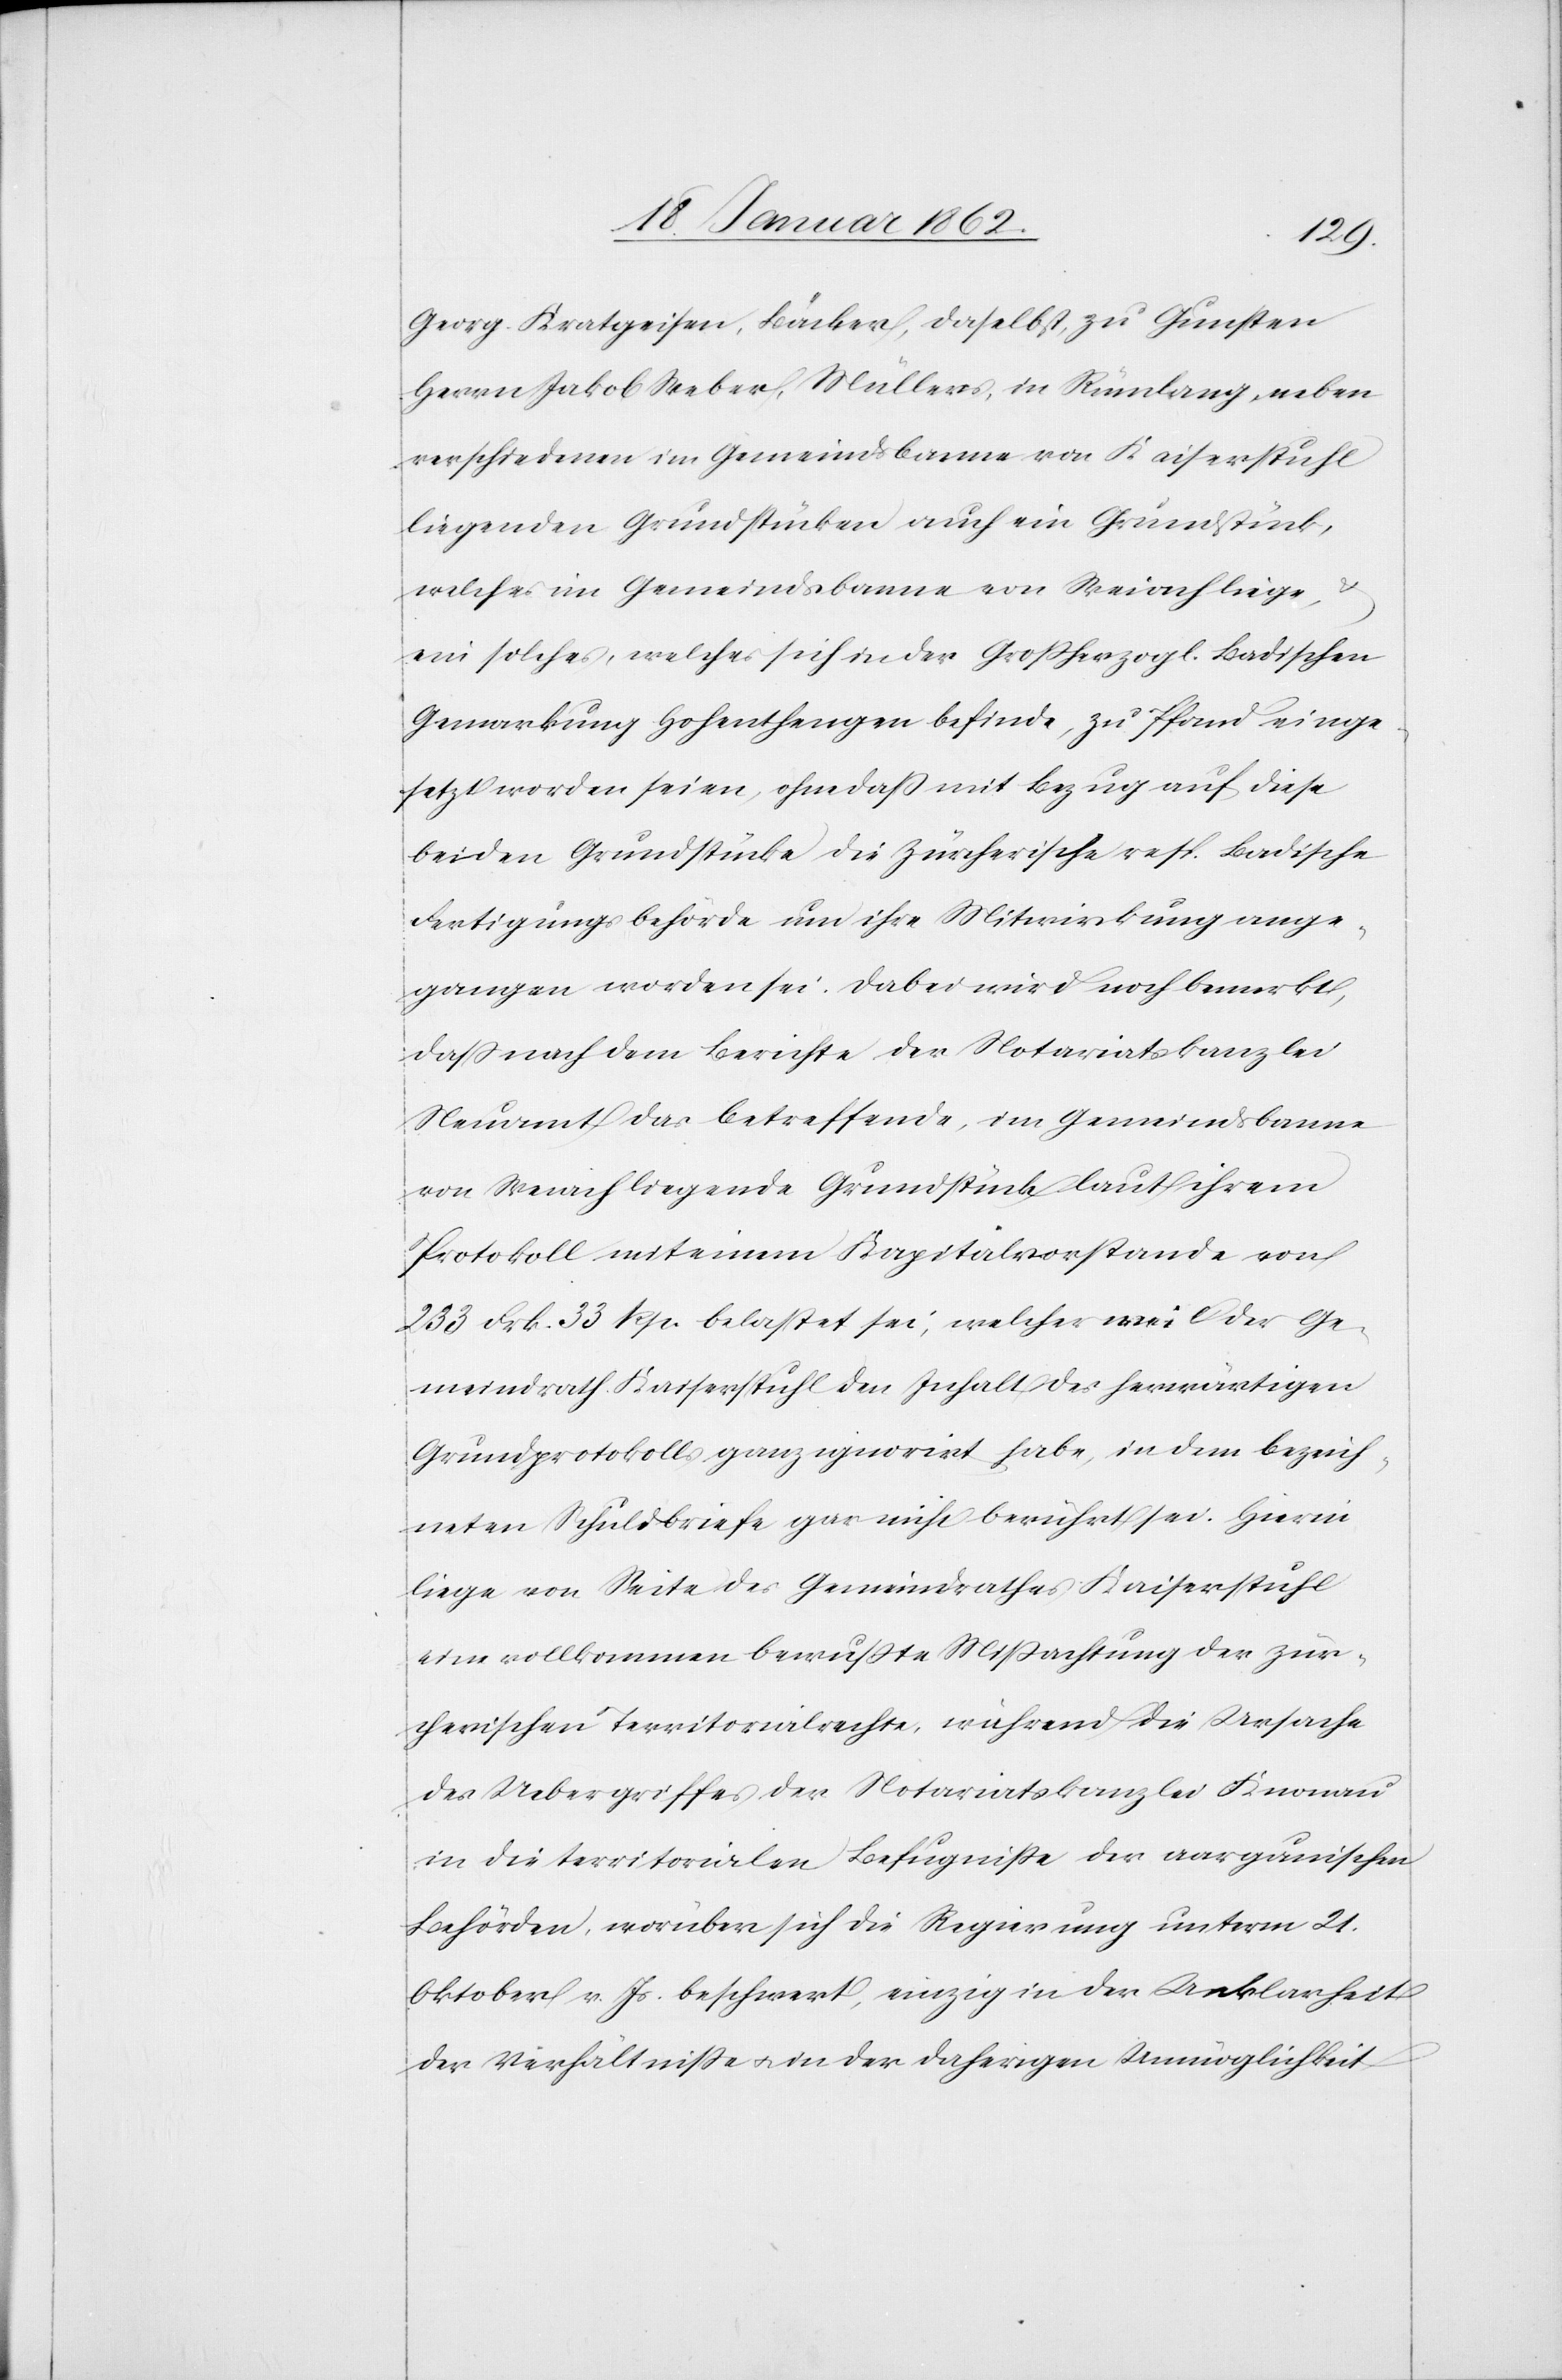
Georg Kratzeisen, Bäcker, daselbst, zu Gunsten
Herrn Jakob Weber, Müllers, in Rümlang, neben
verschiedenen im Gemeindsbanne von Kaiserstuhl
liegenden Grundstücken auch ein Grundstück,
welches im Gemeindsbanne von Weiach liege,
ein solches, welches sich in der Großherzogl. Badischen
Gemarkung Hohenthengen befinde, zu Pfand einge¬
setzt worden seien, ohne daß mit Bezug auf diese
beiden Grundstücke die Zürcherische resp. Badische
Fertigungsbehörde um ihre Mitwirkung ange¬
gangen worden sei. Dabei wird noch bemerkt,
daß nach dem Berichte der Notariatskanzlei
Neuamt das betreffende, im Gemeindsbanne
von Weiach liegende Grundstück laut ihrem
Protokoll mit einem Kapitalvorstande von
233 Frk. 33 Rp. belastet sei, welcher weil der Ge¬
meindrath Kaiserstuhl den Inhalt des herwärtigen
Grundprotokolls ganz ignorirt habe, in dem bezeich¬
neten Schuldbriefe gar nicht berücksichtigt sei. Hierin
liege von Seite des Gemeindrathes Kaiserstuhl
eine vollkommen bewußte Mißachtung der zür¬
cherischen Territorialrechte, während die Ursache
des Uebergriffes der Notariatskanzlei Knonau
in die territorialen Befugniße der aargauischen
Behörden, worüber sich die Regierung unterm 21.
Oktober v. Js. beschwert, einzig in der Unklarheit
der Verhältnisse u. in der daherigen Unmöglichkeit